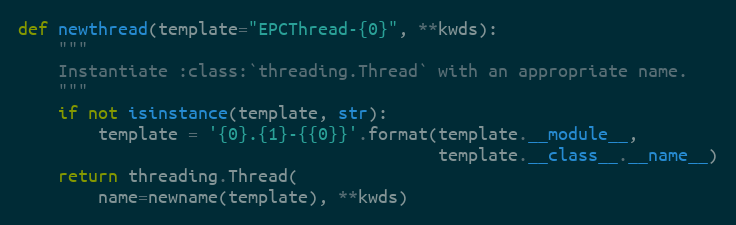
Language: Python
def newthread(template="EPCThread-{0}", **kwds):
    """
    Instantiate :class:`threading.Thread` with an appropriate name.
    """
    if not isinstance(template, str):
        template = '{0}.{1}-{{0}}'.format(template.__module__,
                                          template.__class__.__name__)
    return threading.Thread(
        name=newname(template), **kwds)